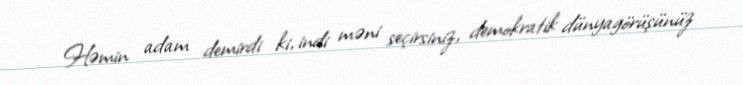
Həmin adam demirdi ki, indi məni seçirsiniz, demokratik dünyagörüşünüz